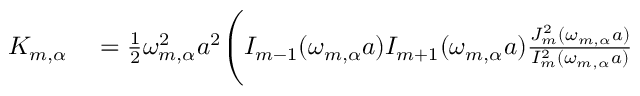
\begin{array} { r l } { K _ { m , \alpha } } & { { } = \frac { 1 } { 2 } \omega _ { m , \alpha } ^ { 2 } a ^ { 2 } \Bigg ( I _ { m - 1 } ( \omega _ { m , \alpha } a ) I _ { m + 1 } ( \omega _ { m , \alpha } a ) \frac { J _ { m } ^ { 2 } ( \omega _ { m , \alpha } a ) } { I _ { m } ^ { 2 } ( \omega _ { m , \alpha } a ) } } \end{array}